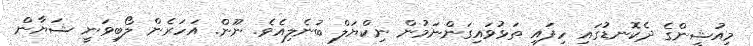
މިއުޝީންގެ ދެކޮނޑުގައި ހިފައި ތަޅުވައިގަންނަމުން ނިކްޔަލް ބުނެލިއެވެ. ނޫން. އަހަރެން ލޯބިވަނީ ޝަޔާން